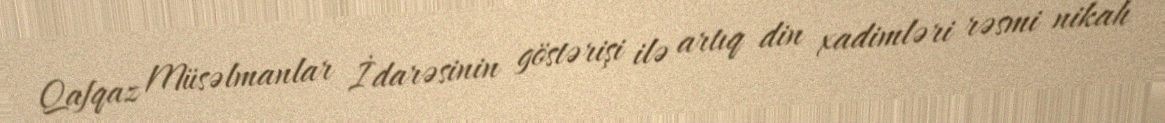
Qafqaz Müsəlmanlar İdarəsinin göstərişi ilə artıq din xadimləri rəsmi nikah